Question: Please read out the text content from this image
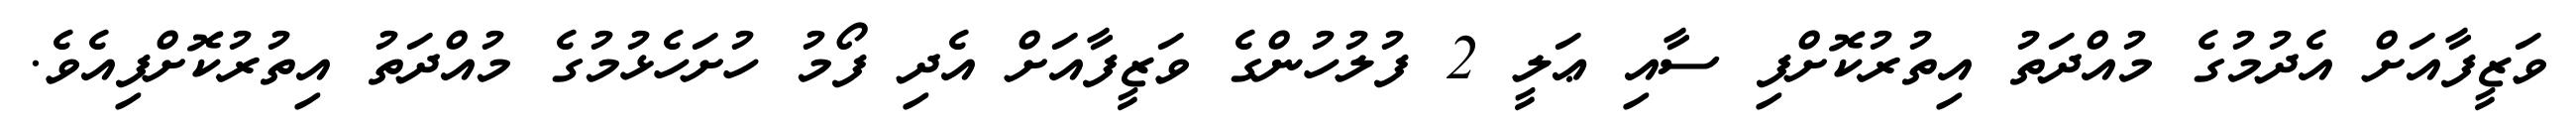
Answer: ވަޒީފާއަށް އެދުމުގެ މުއްދަތު އިތުރުކޮށްފި ސާއި ޢަލީ 2 ފުލުހުންގެ ވަޒީފާއަށް އެދި ފޯމު ހުށަހެޅުމުގެ މުއްދަތު އިތުރުކޮށްފިއެވެ.